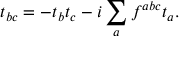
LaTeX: t _ { b c } = - t _ { b } t _ { c } - i \sum _ { a } f ^ { a b c } t _ { a } .